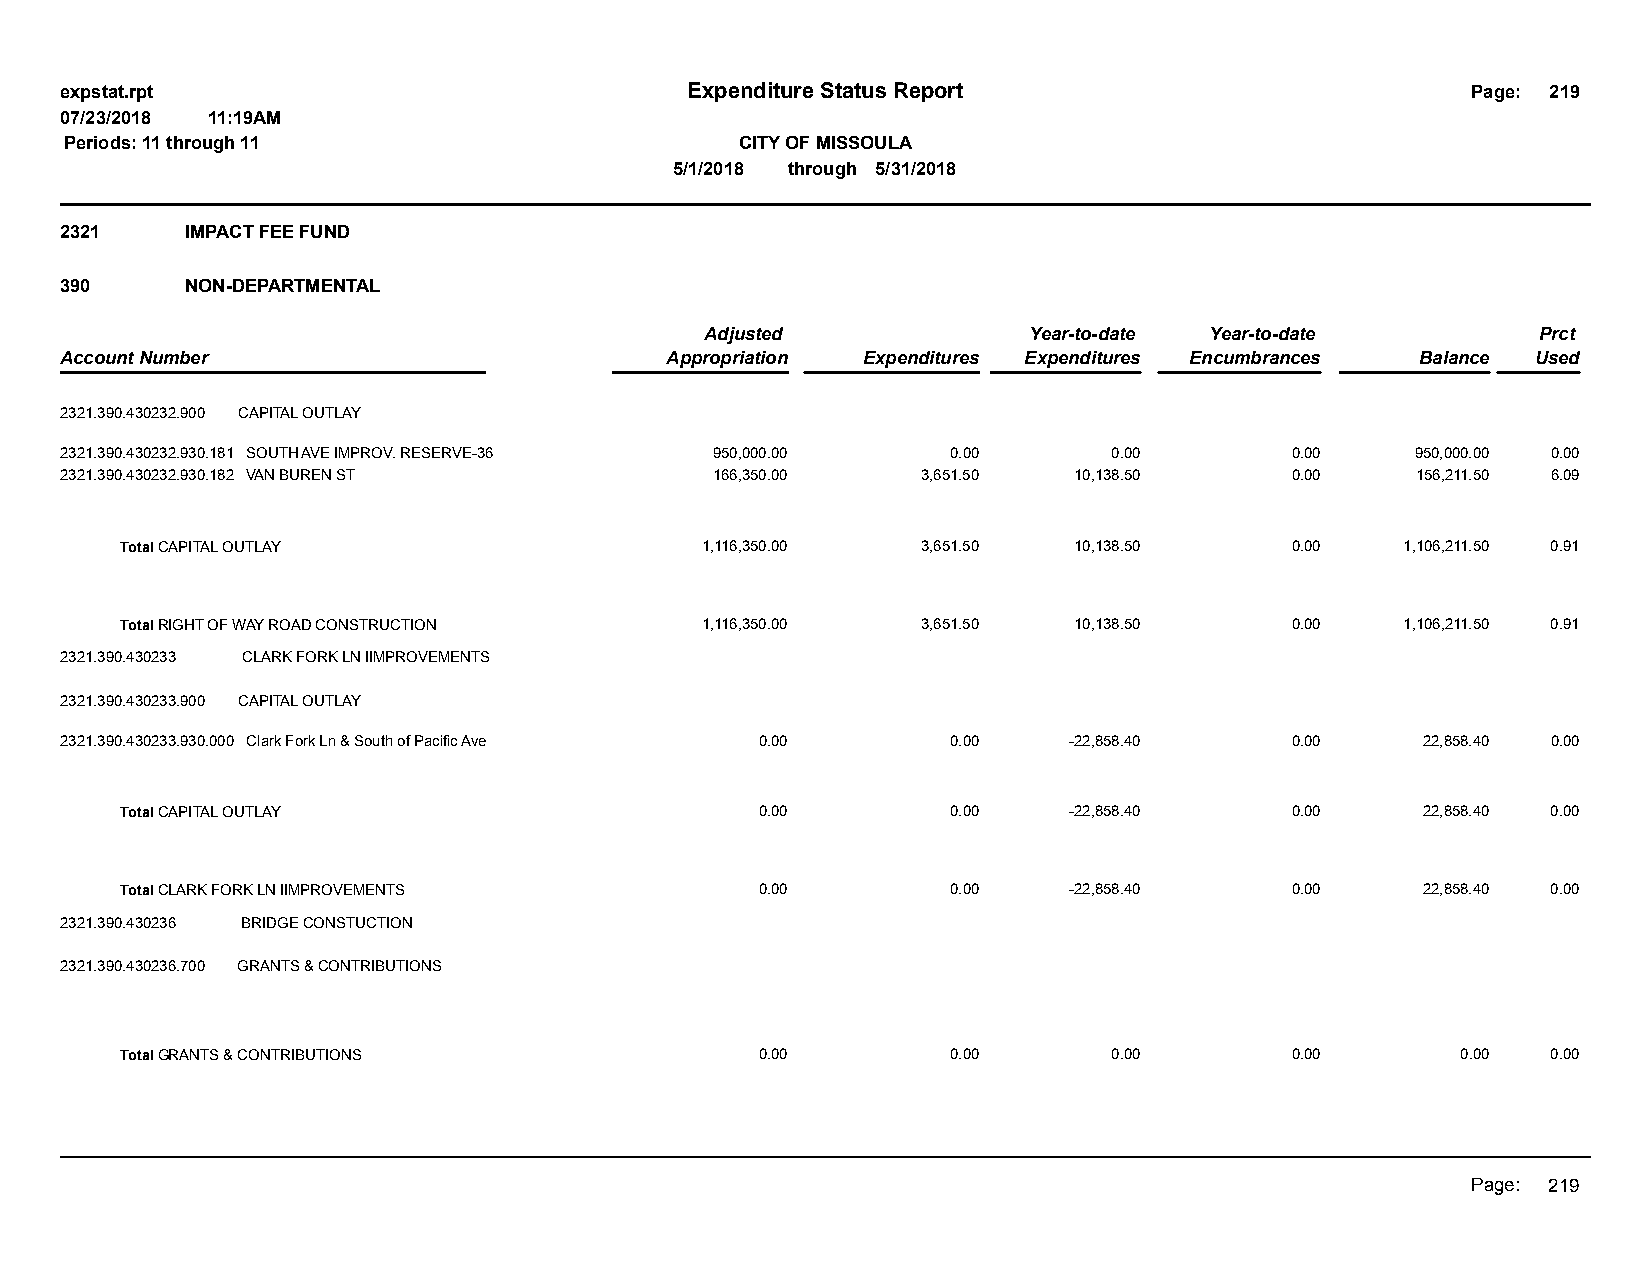
expstat.rpt                              Expenditure Status Report                           Page: 219
 07/23/2018 11:19AM
 Periods: 11 through 11                       CITY OF MISSOULA
 5/1/2018 through 5/31/2018
 2321    IMPACT FEE FUND
 390     NON-DEPARTMENTAL
 Adjusted             Year-to-date Year-to-date         Prct
 Account Number                          Appropriation Expenditures Expenditures Encumbrances Balance Used
 2321.390.430232.900 CAPITAL OUTLAY
 2321.390.430232.930.181 SOUTH AVE IMPROV. RESERVE-36 950,000.00 0.00  0.00       0.00     950,000.00 0.00
 2321.390.430232.930.182 VAN BUREN ST       166,350.00    3,651.50  10,138.50     0.00     156,211.50 6.09
 Total CAPITAL OUTLAY                  1,116,350.00   3,651.50  10,138.50     0.00    1,106,211.50 0.91
 Total RIGHT OF WAY ROAD CONSTRUCTION  1,116,350.00   3,651.50  10,138.50     0.00    1,106,211.50 0.91
 2321.390.430233 CLARK FORK LN IIMPROVEMENTS
 2321.390.430233.900 CAPITAL OUTLAY
 2321.390.430233.930.000 Clark Fork Ln & South of Pacific Ave 0.00 0.00 -22,858.40 0.00    22,858.40 0.00
 Total CAPITAL OUTLAY                      0.00         0.00    -22,858.40    0.00     22,858.40 0.00
 Total CLARK FORK LN IIMPROVEMENTS         0.00         0.00    -22,858.40    0.00     22,858.40 0.00
 2321.390.430236 BRIDGE CONSTUCTION
 2321.390.430236.700 GRANTS & CONTRIBUTIONS
 Total GRANTS & CONTRIBUTIONS              0.00         0.00       0.00       0.00        0.00  0.00
 Page: 219